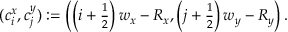
( c _ { i } ^ { x } , c _ { j } ^ { y } ) : = \left( \left( i + \textstyle \frac { 1 } { 2 } \right) w _ { x } - R _ { x } , \left( j + \textstyle \frac { 1 } { 2 } \right) w _ { y } - R _ { y } \right) .